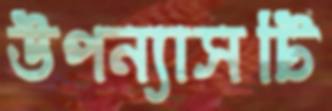
উপন্যাসটি